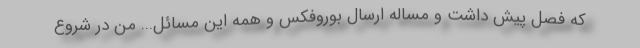
که فصل پیش داشت و مساله ارسال بوروفکس و همه این مسائل... من در شروع